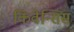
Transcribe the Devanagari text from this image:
किवेन्सिस